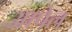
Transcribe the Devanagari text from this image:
आपेल